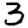
Digit: 3